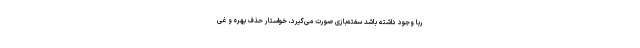
ربا وجود داشته باشد سفته‌بازی صورت می‌گیرد، خواستار حذف بهره و غی